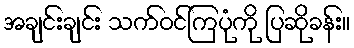
အချင်းချင်း သက်ဝင်ကြပုံကို ပြဆိုခန်း။